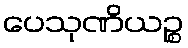
ပေသုဏိယဉ္စ